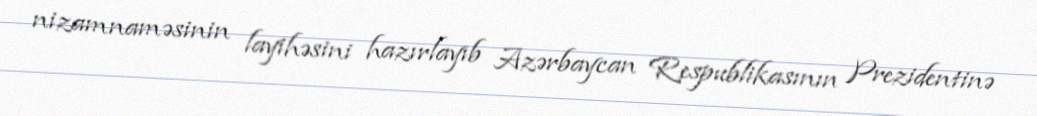
nizamnaməsinin layihəsini hazırlayıb Azərbaycan Respublikasının Prezidentinə